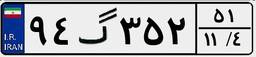
۹۴گ۳۵۲۵۱